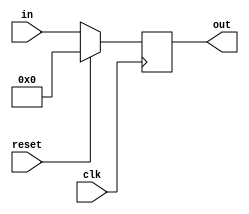
`timescale 1ns / 1ps

module register #(parameter w=8)(
input [w-1:0]in,
input clk,reset,
output reg [w-1:0]out
    );
/*
D_flip_flop ff1(in[3],clk,out[3]);
D_flip_flop ff2(in[2],clk,out[2]);
D_flip_flop ff3(in[1],clk,out[1]);
D_flip_flop ff4(in[0],clk,out[0]);
*/

always @(posedge clk)
begin
	if (reset==1)
		out = 0;
	else
		out = in;
end

endmodule